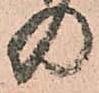
の